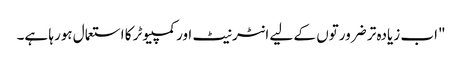
"اب زیادہ تر ضرورتوں کے لیے انٹرنیٹ اور کمپیوٹر کا استعمال ہورہا ہے۔